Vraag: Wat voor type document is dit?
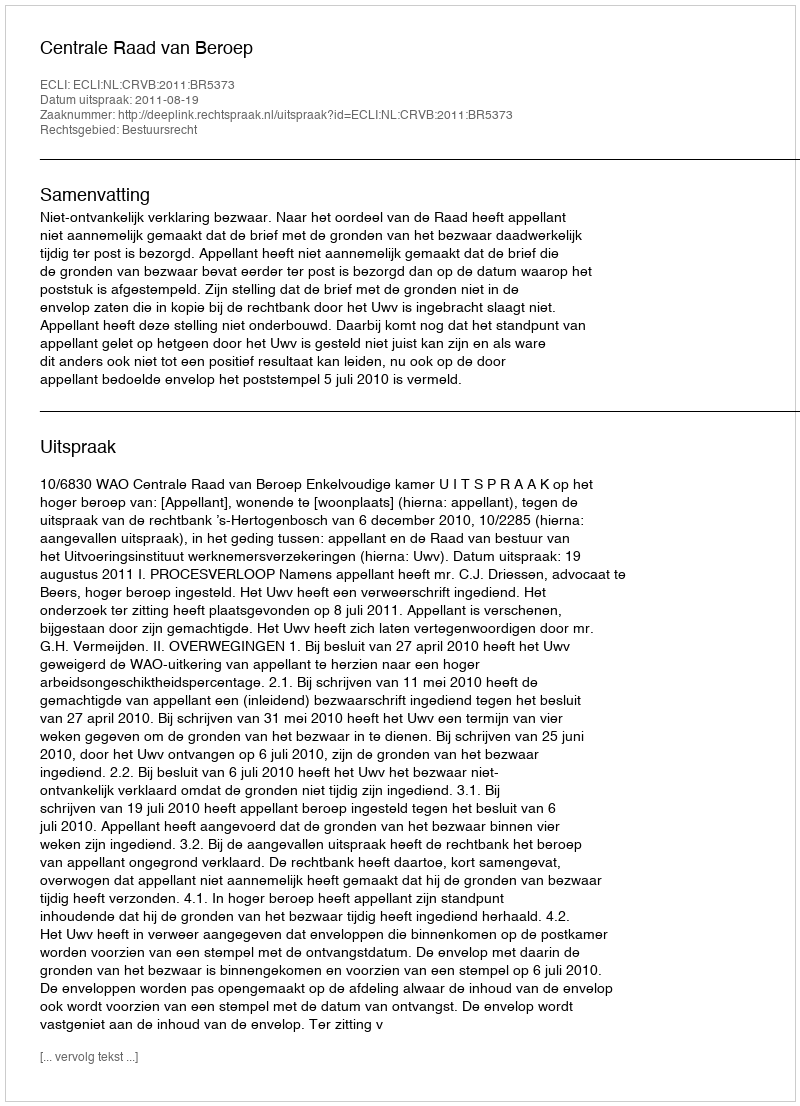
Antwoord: Uitspraak